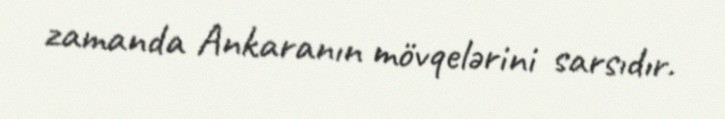
zamanda Ankaranın mövqelərini sarsıdır.